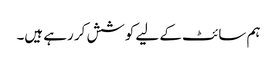
ہم سائٹ کے لیے کوشش کر رہے ہیں۔